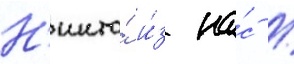
Н'икто́ и́з на́с /